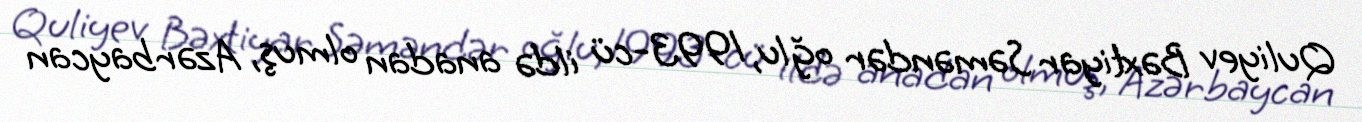
Quliyev Bəxtiyar Səməndər oğlu, 1993-cü ildə anadan olmuş, Azərbaycan